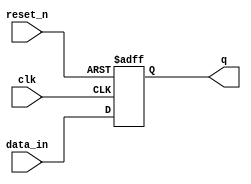
module d_ff_async(input data_in, input clk, input reset_n, output reg q);

    always @(posedge clk or negedge reset_n) begin
        if(!reset_n)
            q <= 0;
        else 
            q <= data_in;
    end

endmodule